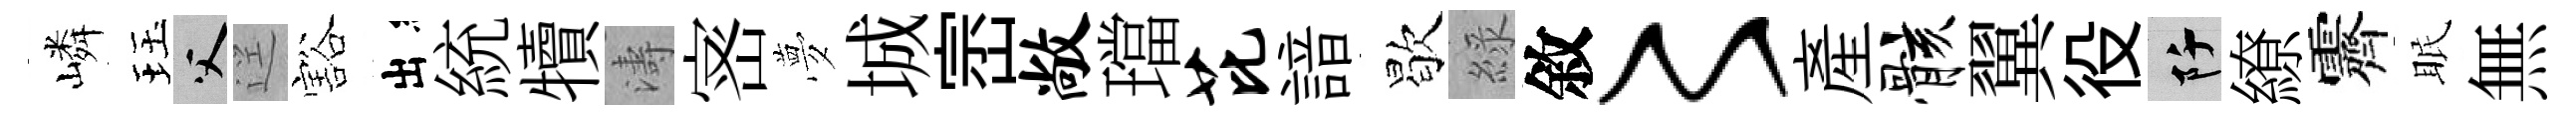
嶙珏父逕豁出統犢濤宻夢城崈敞璫芘諳歇綠敘〻産骸翼役阡繚霽眠無